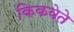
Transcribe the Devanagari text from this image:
किकवेते